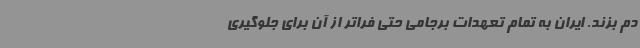
دم بزند. ایران به تمام تعهدات برجامی حتی فراتر از آن برای جلوگیری